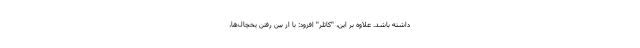
داشته باشد. علاوه بر این، "کاتلر" افزود: با از بین رفتن یخچال‌ها،